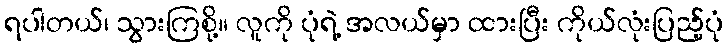
ရပါတယ်၊ သွားကြစို့။ လူကို ပုံရဲ့ အလယ်မှာ ထားပြီး ကိုယ်လုံးပြည့်ပုံ